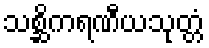
သစ္ဆိကရဏီယသုတ္တံ